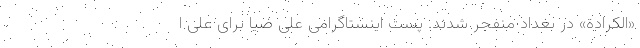
«الکرادة» در بغداد منفجر شدند. پست اینستاگرامی علی ضیا برای علی ا